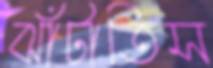
ঝাঁটাতিস